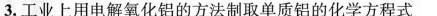
3.工业上用电解氧化铝的方法制取单质铝的化学方程式